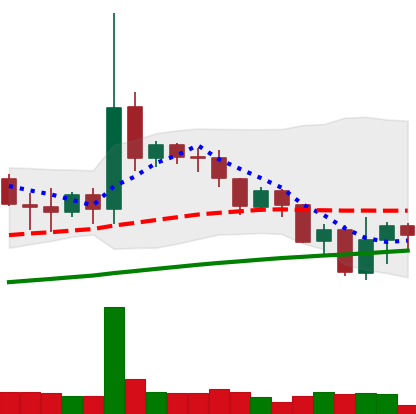
Ticker: DOGE-USD
Chart end date: 2019-07-19
Forward return: -4.707%
Label: down_3_5